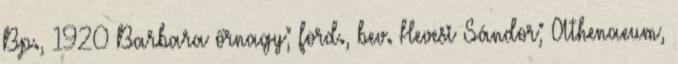
Bp., 1920 Barbara őrnagy; ford., bev. Hevesi Sándor; Athenaeum,